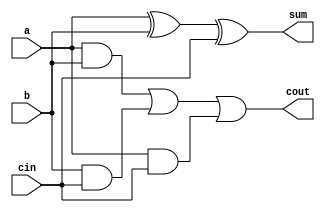
module somadorcompleto(a,b,cin,cout,sum);
input a,b,cin;
output  sum, cout;

assign sum = a ^ b ^ cin;
assign cout = (a & b) | (b & cin) | (a & cin);

endmodule